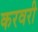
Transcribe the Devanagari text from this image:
करवरी